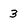
Character: 3